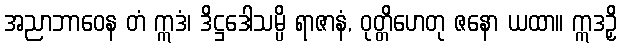
အညာဘာဝေန တံ ဣဒံ၊ ဒိဋ္ဌဒေါသမ္ပိ ရာဇာနံ, ဝုတ္တိဟေတု ဇနော ယထာ။ ဣဒဉှိ